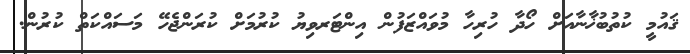
ޤައުމީ ކުތުބުޚާނާއަށް ހޯދާ ހުރިހާ މުވައްޒަފުން އިންޓަރވިޔު ކުރުމަށް ކުރަންޖެހޭ މަސައްކަތް ކުރުން.